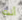
أنت